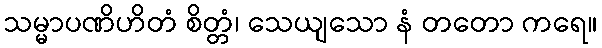
သမ္မာပဏိဟိတံ စိတ္တံ၊ သေယျသော နံ တတော ကရေ။